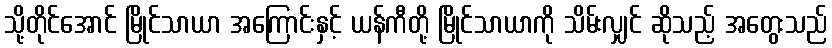
သို့တိုင်အောင် မြိုင်သာယာ အကြောင်းနှင့် ယန်ကီတို့ မြိုင်သာယာကို သိမ်းလျှင် ဆိုသည့် အတွေးသည်